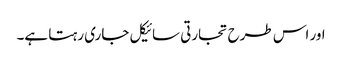
اور اس طرح تجارتی سائیکل جاری رہتا ہے۔